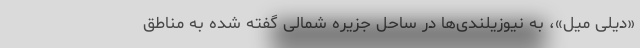
«دیلی میل»، به نیوزیلندی‌ها در ساحل جزیره شمالی گفته شده به مناطق